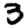
Digit: 3